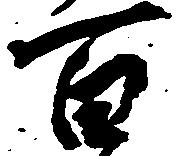
百